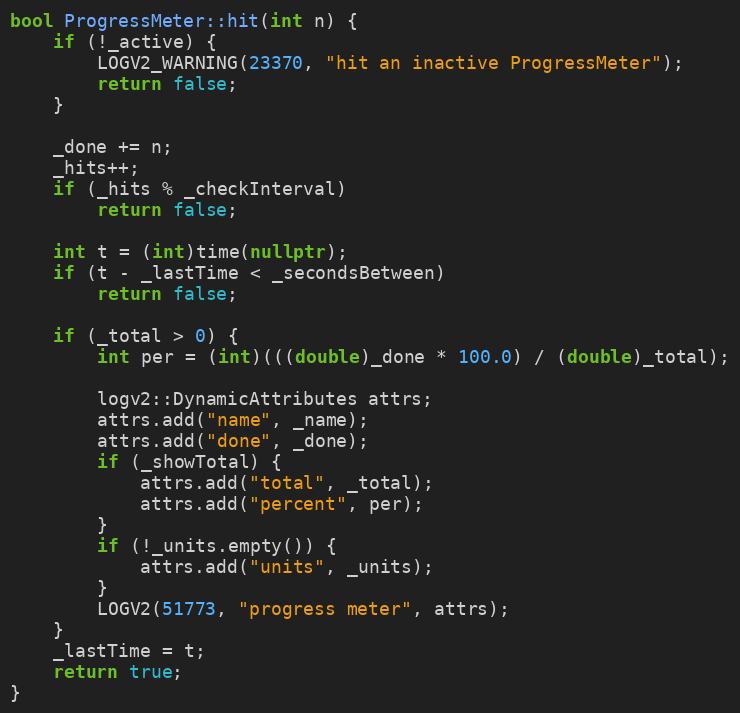
Language: C++
bool ProgressMeter::hit(int n) {
    if (!_active) {
        LOGV2_WARNING(23370, "hit an inactive ProgressMeter");
        return false;
    }

    _done += n;
    _hits++;
    if (_hits % _checkInterval)
        return false;

    int t = (int)time(nullptr);
    if (t - _lastTime < _secondsBetween)
        return false;

    if (_total > 0) {
        int per = (int)(((double)_done * 100.0) / (double)_total);

        logv2::DynamicAttributes attrs;
        attrs.add("name", _name);
        attrs.add("done", _done);
        if (_showTotal) {
            attrs.add("total", _total);
            attrs.add("percent", per);
        }
        if (!_units.empty()) {
            attrs.add("units", _units);
        }
        LOGV2(51773, "progress meter", attrs);
    }
    _lastTime = t;
    return true;
}